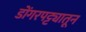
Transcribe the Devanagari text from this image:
डोंगरपट्ट्यातून